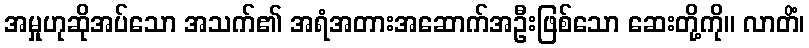
အမှုဟုဆိုအပ်သော အသက်၏ အရံအတားအဆောက်အဦးဖြစ်သော ဆေးတို့ကို။ လာတိံ၊